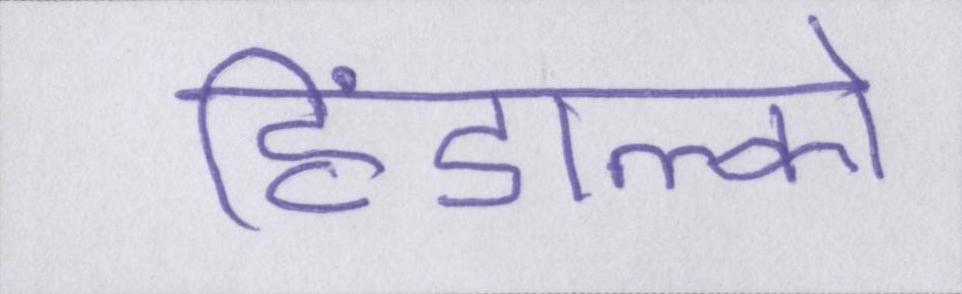
हिंडाल्को